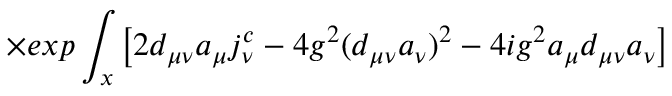
\qquad \times e x p \int _ { x } \left[ 2 d _ { \mu \nu } a _ { \mu } j _ { \nu } ^ { c } - 4 g ^ { 2 } ( d _ { \mu \nu } a _ { \nu } ) ^ { 2 } - 4 i g ^ { 2 } a _ { \mu } d _ { \mu \nu } a _ { \nu } \right]